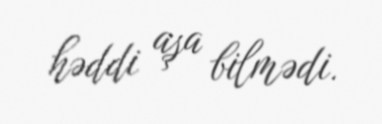
həddi aşa bilmədi.